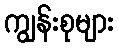
ကျွန်းစုများ